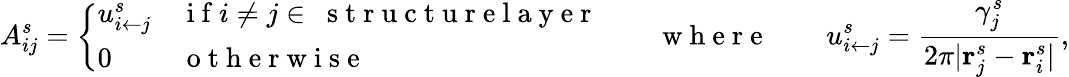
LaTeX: A_{ij}^{s}=\left\{ \begin{array}{ll}{u_{{i}\leftarrow{j}}^{s}}&{\mathrm{~i~f~}i\neq j\in~\mathrm{~s~t~r~u~c~t~u~r~e~l~a~y~e~r~}}\\ {0}&{\mathrm{~o~t~h~e~r~w~i~s~e~}}\end{array}\right.\quad\quad\mathrm{~w~h~e~r~e~}\quad\quad u_{i\leftarrow j}^{s}=\frac{\gamma_{j}^{s}}{2\pi\vert\mathbf{r}_{j}^{s}-\mathbf{r}_{i}^{s}\vert},